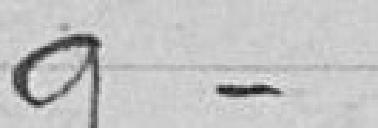
9-